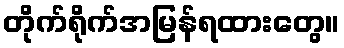
တိုက်ရိုက်အမြန်ရထားတွေ။